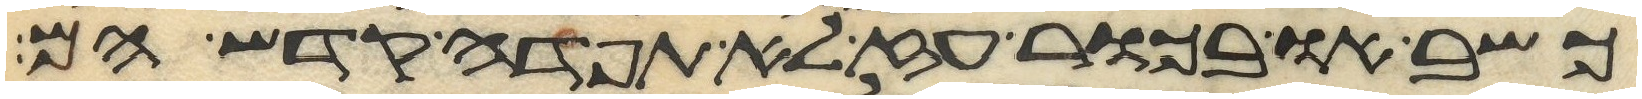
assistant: כשב או בכור עז לא תפדה קדש הם